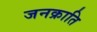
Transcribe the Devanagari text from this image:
जनक्राति